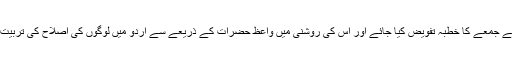
ریاست کی جانب سے جمعے کا خطبہ تفویض کیا جائے اور اس کی روشنی میں واعظ حضرات کے ذریعے سے اردو میں لوگوں کی اصلاح کی تربیت کا اہتمام کیا جائے۔